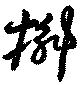
槲